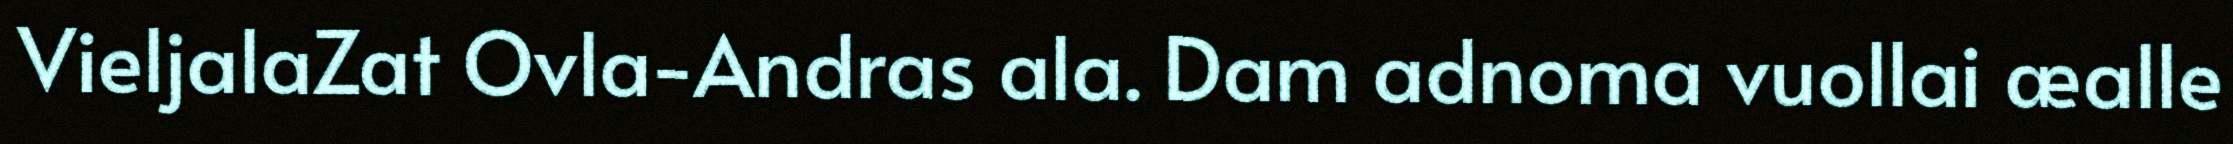
VieljalaZat Ovla-Andras ala. Dam adnoma vuollai æalle